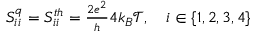
\begin{array} { r } { { S _ { i i } ^ { q } = S _ { i i } ^ { t h } = \frac { 2 e ^ { 2 } } { h } 4 k _ { B } \mathcal { T } } , \quad i \in \{ 1 , 2 , 3 , 4 \} } \end{array}